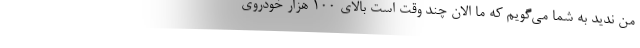
من ندید به شما می‌گویم که ما الان چند وقت است بالای ۱۰۰ هزار خودروی